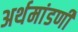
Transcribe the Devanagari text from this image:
अर्थमांडणी